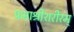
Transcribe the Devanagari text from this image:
प्रभाश्रीशरीरम्